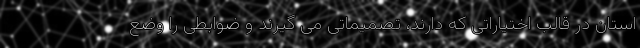
استان در قالب اختیاراتی که دارند، تصمیماتی می گیرند و ضوابطی را وضع